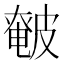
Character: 𰤰